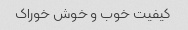
کیفیت خوب و خوش خوراک